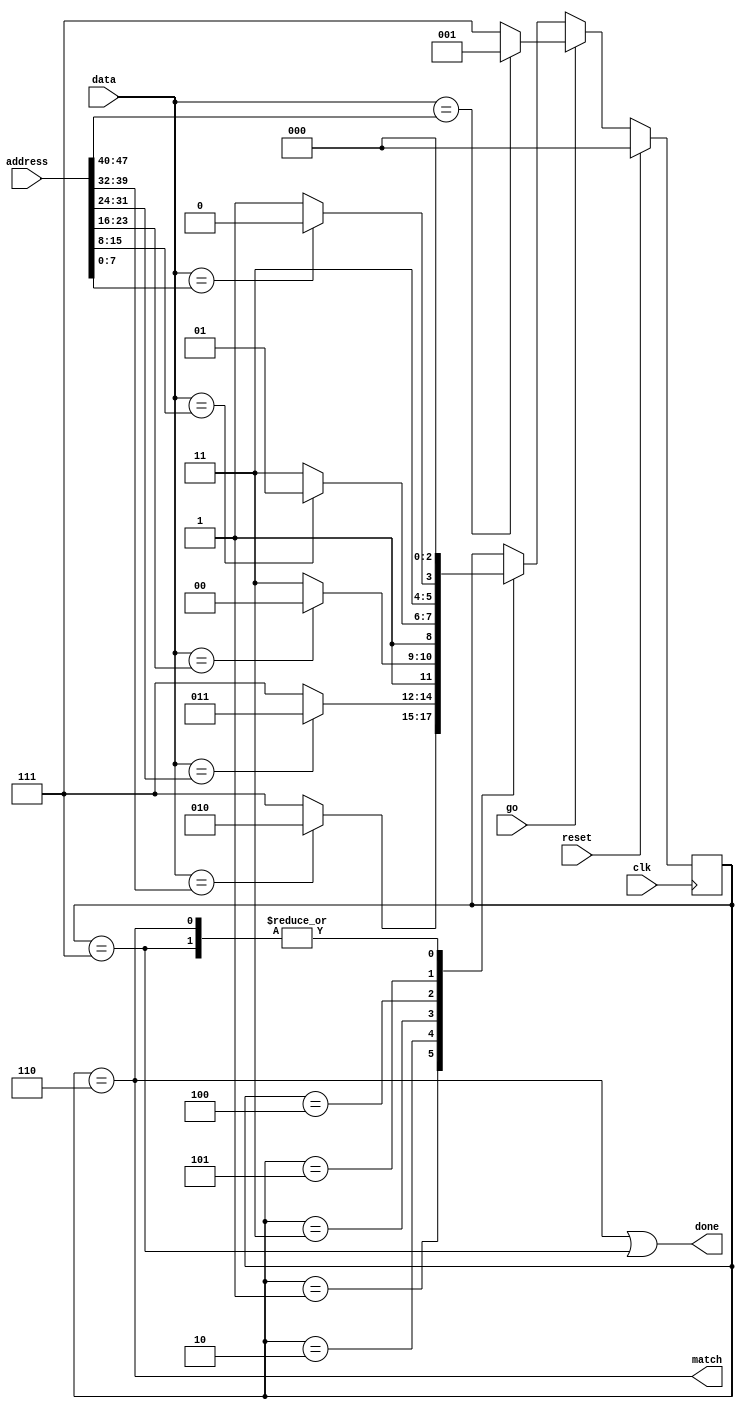
//
// Copyright 2011 Ettus Research LLC
//
// This program is free software: you can redistribute it and/or modify
// it under the terms of the GNU General Public License as published by
// the Free Software Foundation, either version 3 of the License, or
// (at your option) any later version.
//
// This program is distributed in the hope that it will be useful,
// but WITHOUT ANY WARRANTY; without even the implied warranty of
// MERCHANTABILITY or FITNESS FOR A PARTICULAR PURPOSE.  See the
// GNU General Public License for more details.
//
// You should have received a copy of the GNU General Public License
// along with this program.  If not, see <http://www.gnu.org/licenses/>.
//



module address_filter
  (input clk,
   input reset,
   input go,
   input [7:0] data,
   input [47:0] address,
   output match,
   output done);

   reg [2:0] af_state;

   always @(posedge clk)
     if(reset)
       af_state     <= 0;
     else
       if(go)
	 af_state <= (data == address[47:40]) ? 1 : 7;
       else
	 case(af_state)
	   1 : af_state <= (data == address[39:32]) ? 2 : 7;
	   2 : af_state <= (data == address[31:24]) ? 3 : 7;
	   3 : af_state <= (data == address[23:16]) ? 4 : 7;
	   4 : af_state <= (data == address[15:8])  ? 5 : 7;
	   5 : af_state <= (data == address[7:0]) ? 6 : 7;
	   6, 7 : af_state <= 0;
	 endcase // case (af_state)

   assign match  = (af_state==6);
   assign done 	 = (af_state==6)|(af_state==7);
   
endmodule // address_filter